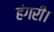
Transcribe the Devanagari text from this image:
हंगरी।